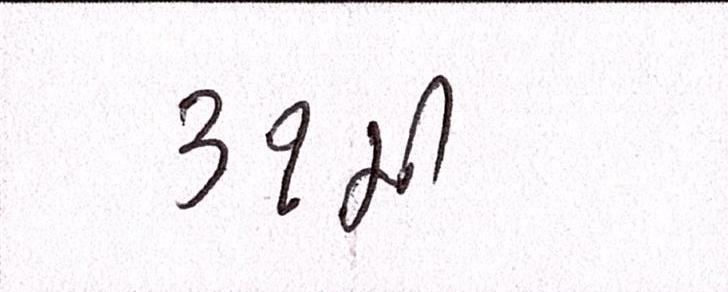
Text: ૩૧મી